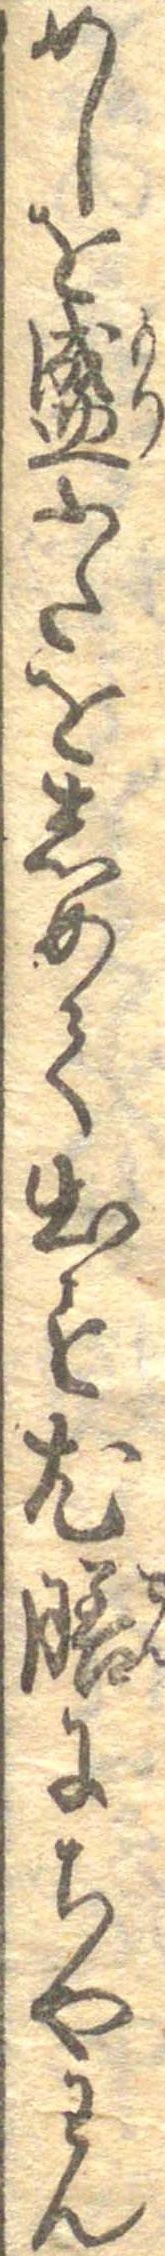
めしを盛ふたをしめて出す尤膳にちやわん